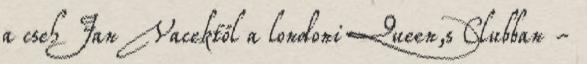
a cseh Jan Vacektől a londoni Queen,s Clubban -